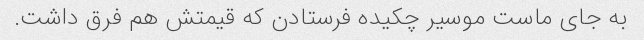
به جای ماست موسیر چکیده فرستادن که قیمتش هم فرق داشت.